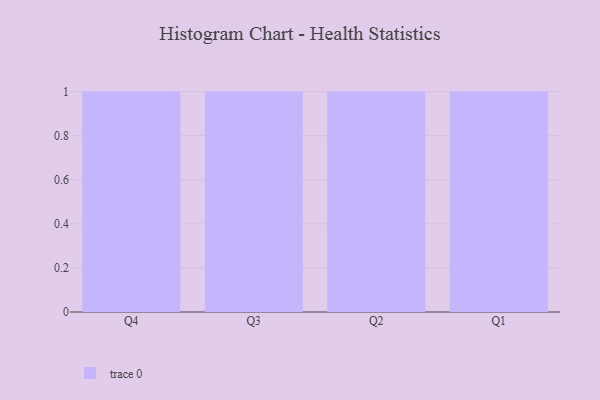
{"axis": {"x": "Quarter", "y": "Headcount"}, "legend": [""], "data": [{"x": "Q4", "y": 29, "type": ""}, {"x": "Q3", "y": 1, "type": ""}, {"x": "Q2", "y": 73, "type": ""}, {"x": "Q1", "y": 5, "type": ""}]}